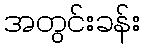
အတွင်းခန်း